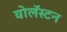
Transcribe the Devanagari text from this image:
वोलॅस्टन